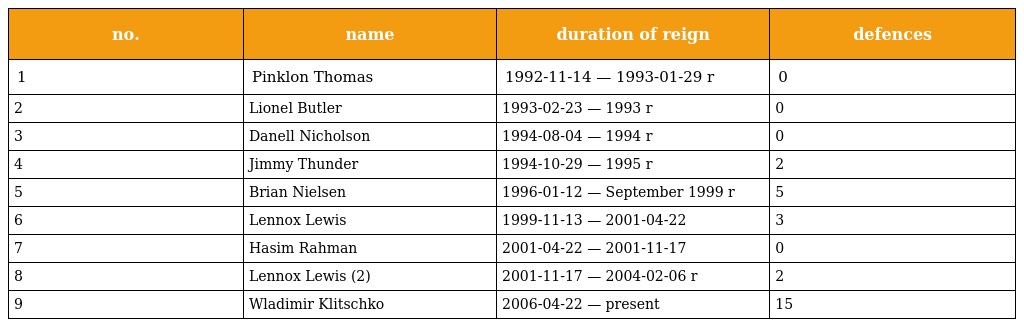
| no. | name | duration of reign | defences |
 | --- | --- | --- | --- |
 | 1 | Pinklon Thomas | 1992-11-14 — 1993-01-29 r | 0 |
 | 2 | Lionel Butler | 1993-02-23 — 1993 r | 0 |
 | 3 | Danell Nicholson | 1994-08-04 — 1994 r | 0 |
 | 4 | Jimmy Thunder | 1994-10-29 — 1995 r | 2 |
 | 5 | Brian Nielsen | 1996-01-12 — September 1999 r | 5 |
 | 6 | Lennox Lewis | 1999-11-13 — 2001-04-22 | 3 |
 | 7 | Hasim Rahman | 2001-04-22 — 2001-11-17 | 0 |
 | 8 | Lennox Lewis (2) | 2001-11-17 — 2004-02-06 r | 2 |
 | 9 | Wladimir Klitschko | 2006-04-22 — present | 15 |